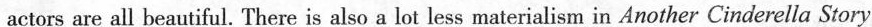
actors are all beautiful. There is also a lot less materialism in Another Cinderella Story